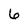
Character: 6